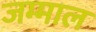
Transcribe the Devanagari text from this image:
जम्माल